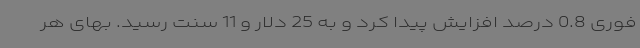
فوری 0.8 درصد افزایش پیدا کرد و به 25 دلار و 11 سنت رسید. بهای هر